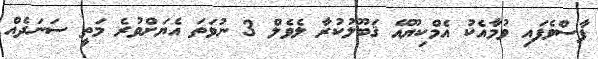
ފާސްވެފައި ވުމާއެކު އެމްކިޔޫއޭ ޤަބޫލުކުރާ ލެވެލް 3 ނުވަތަ އެޔަށްވުރެ މަތީ ސަނަދެއް